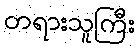
တရားသူကြီး